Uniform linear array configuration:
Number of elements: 4
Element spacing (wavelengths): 1
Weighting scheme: hann
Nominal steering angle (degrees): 30
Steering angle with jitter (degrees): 29.871
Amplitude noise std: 0.05
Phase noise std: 0.05

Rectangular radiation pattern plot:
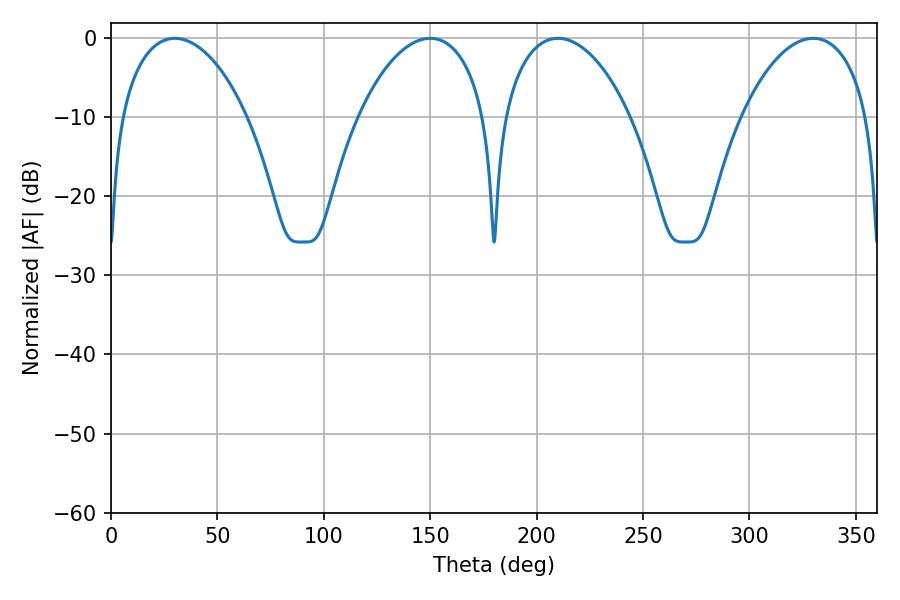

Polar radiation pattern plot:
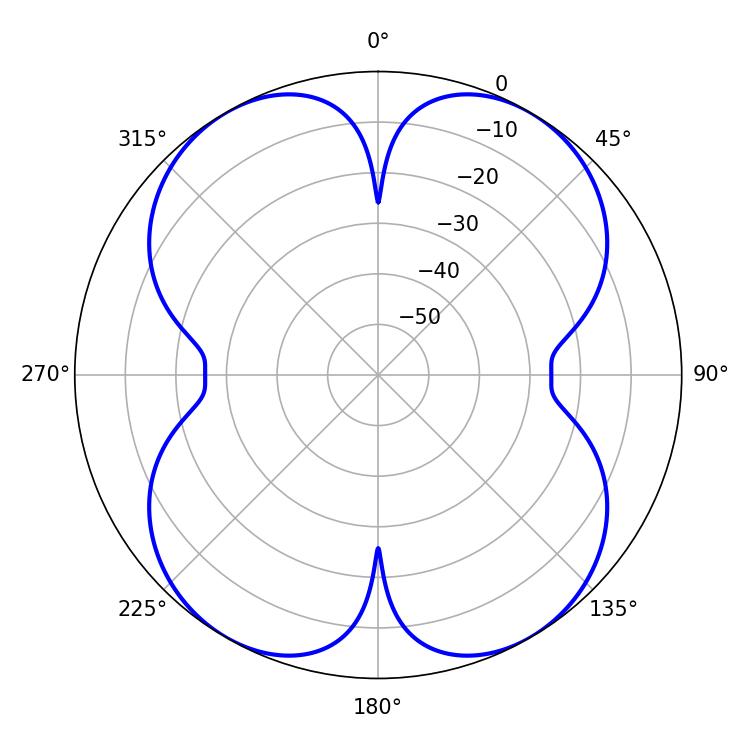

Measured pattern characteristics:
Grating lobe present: TRUE
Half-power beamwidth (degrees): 34.02
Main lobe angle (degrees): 210.06